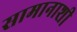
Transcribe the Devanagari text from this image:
सामानाशी